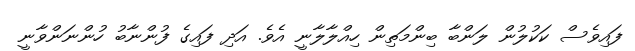
ފައިވެސް ކަކުލުން ލަންބާ ބިންމަތިން ހިއްލާލާނީ އެވެ. އަދި ފައިގެ ފުންނާބު ހުންނަންވާނީ